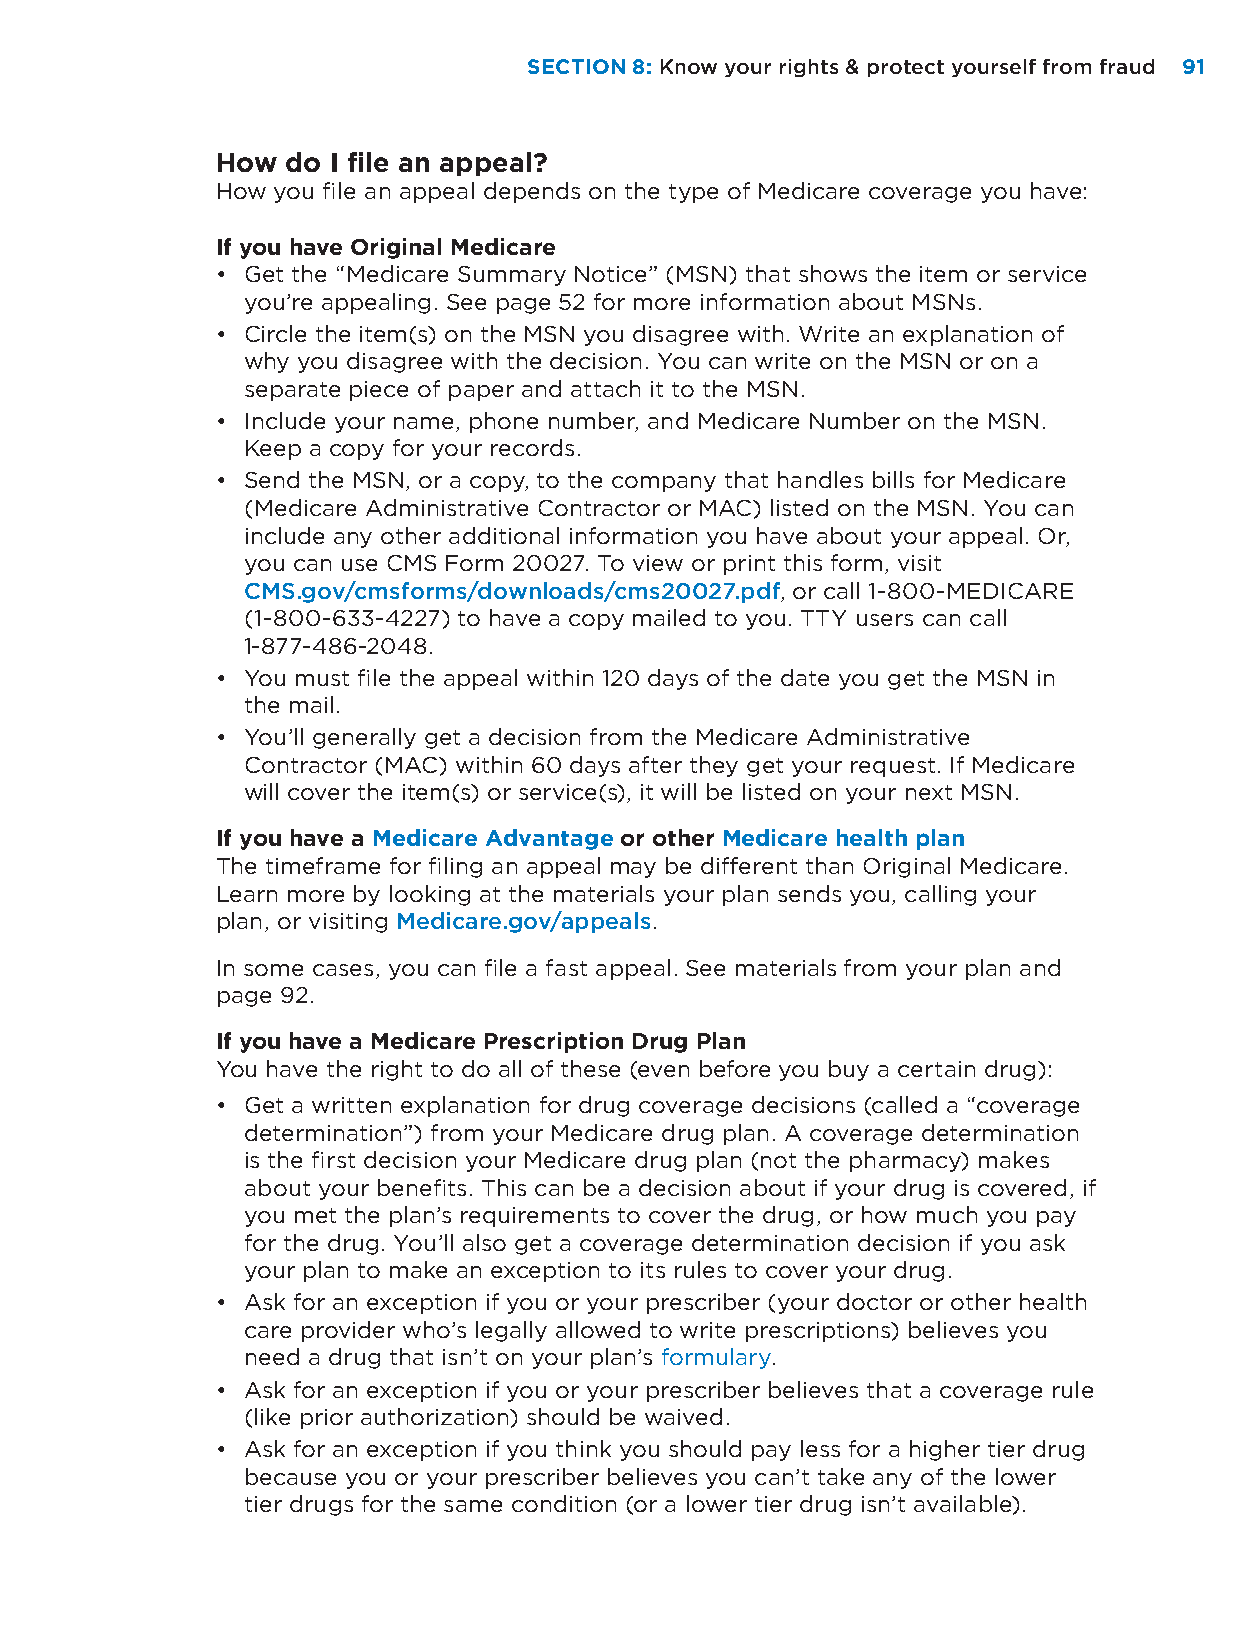
SECTION 8: Know your rights & protect yourself from fraud 9911
 How  do I file an appeal?
 How you file an appeal depends on the type of Medicare coverage you have:
 If you have Original Medicare
 • Get the “Medicare Summary Notice” (MSN) that shows the item or service
 you’re appealing. See page 52 for more information about MSNs.
 • Circle the item(s) on the MSN you disagree with. Write an explanation of
 why you disagree with the decision. You can write on the MSN or on a
 separate piece of paper and attach it to the MSN.
 • Include your name, phone number, and Medicare Number on the MSN.
 Keep a copy for your records.
 • Send the MSN, or a copy, to the company that handles bills for Medicare
 (Medicare Administrative Contractor or MAC) listed on the MSN. You can
 include any other additional information you have about your appeal. Or,
 you can use CMS Form 20027. To view or print this form, visit
 CMS.gov/cmsforms/downloads/cms20027.pdf, or call 1-800-MEDICARE
 (1-800-633-4227) to have a copy mailed to you. TTY users can call
 1-877-486-2048.
 • You must file the appeal within 120 days of the date you get the MSN in
 the mail.
 • You’ll generally get a decision from the Medicare Administrative
 Contractor (MAC) within 60 days after they get your request. If Medicare
 will cover the item(s) or service(s), it will be listed on your next MSN.
 If you have a Medicare Advantage or other Medicare health plan
 The timeframe for filing an appeal may be different than Original Medicare.
 Learn more by looking at the materials your plan sends you, calling your
 plan, or visiting Medicare.gov/appeals.
 In some cases, you can file a fast appeal. See materials from your plan and
 page 92.
 If you have a Medicare Prescription Drug Plan
 You have the right to do all of these (even before you buy a certain drug):
 • Get a written explanation for drug coverage decisions (called a “coverage
 determination”) from your Medicare drug plan. A coverage determination
 is the first decision your Medicare drug plan (not the pharmacy) makes
 about your benefits. This can be a decision about if your drug is covered, if
 you met the plan’s requirements to cover the drug, or how much you pay
 for the drug. You’ll also get a coverage determination decision if you ask
 your plan to make an exception to its rules to cover your drug.
 • Ask for an exception if you or your prescriber (your doctor or other health
 care provider who’s legally allowed to write prescriptions) believes you
 need a drug that isn’t on your plan’s formulary.
 • Ask for an exception if you or your prescriber believes that a coverage rule
 (like prior authorization) should be waived.
 • Ask for an exception if you think you should pay less for a higher tier drug
 because you or your prescriber believes you can’t take any of the lower
 tier drugs for the same condition (or a lower tier drug isn’t available).